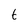
Character: t